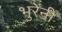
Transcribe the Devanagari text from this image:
भुरेंनी